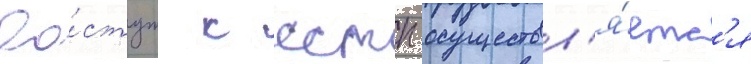
До́ступ к сстп осуществл'я́етс'я